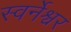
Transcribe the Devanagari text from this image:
स्वर्नेश्वर